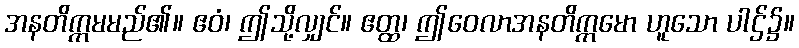
အနတိက္ကမမည်၏။ ဧဝံ၊ ဤသို့လျှင်။ ဧတ္ထ၊ ဤဝေလာအနတိက္ကမော ဟူသော ပါဌ်၌။